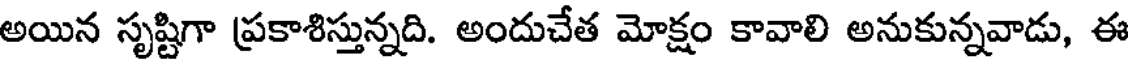
అయిన సృష్టిగా ప్రకాశిస్తున్నది. అందుచేత మోక్షం కావాలి అనుకున్నవాడు, ఈ